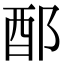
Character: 𨟰